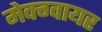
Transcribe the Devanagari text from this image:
मेक्ग्वायर